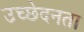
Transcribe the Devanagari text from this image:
उच्छेदनता